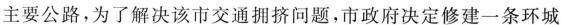
主要公路，为了解决该市交通拥挤问题，市政府决定修建一条环城